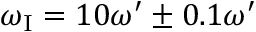
\omega _ { \mathrm { { I } } } = 1 0 \omega ^ { \prime } \pm 0 . 1 \omega ^ { \prime }